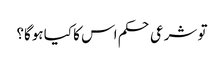
تو شرعی حکم اس کا کیا ہوگا؟